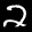
Label: 2